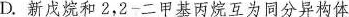
D.新戊烷和2，2-二甲基丙烷互为同分异构体